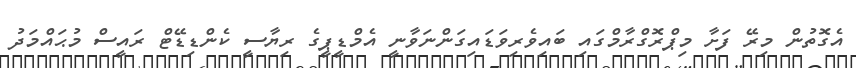
އެގޮތުން މިރޭ ފަށާ މިޕްރޮގްރާމްގައި ބައިވެރިވަޑައިގަންނަވާނީ އެމްޑީޕީގެ ރިޔާސީ ކެންޑިޑޭޓް ރައީސް މުޙައްމަދު